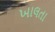
ખાલતા